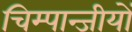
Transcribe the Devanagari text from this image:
चिम्पान्जीयों